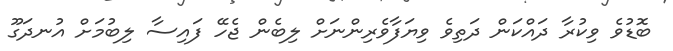
ބޮޑުވެ ވިކުރާ ދައްކަން ދަތިވެ ވިޔަފާވެރިންނަށް ލިބެން ޖެހޭ ފައިސާ ލިބުމަށް އުނދަގޫ